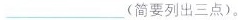
___(简要列出三点)。